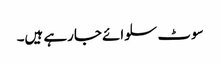
سوٹ سلوائے جارہے ہیں۔